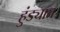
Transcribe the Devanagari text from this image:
हुंड्यात